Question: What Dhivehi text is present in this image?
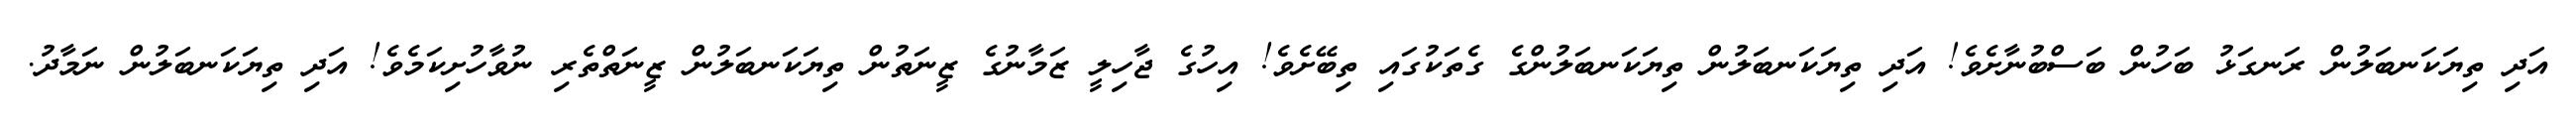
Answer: އަދި ތިޔަކަނބަލުން ރަނގަޅު ބަހުން ބަސްބުނާށެވެ! އަދި ތިޔަކަނބަލުން ތިޔަކަނބަލުންގެ ގެތަކުގައި ތިބޭށެވެ! އިހުގެ ޖާހިލީ ޒަމާނުގެ ޒީނަތުން ތިޔަކަނބަލުން ޒީނަތްތެރި ނުވާހުށިކަމެވެ! އަދި ތިޔަކަނބަލުން ނަމާދު.